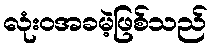
လုံးဝအခမဲ့ဖြစ်သည်